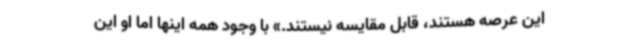
این عرصه هستند، قابل مقایسه نیستند.» با وجود همه اینها اما او این